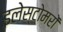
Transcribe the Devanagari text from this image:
इलेस्टोमरों